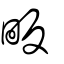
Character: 畈